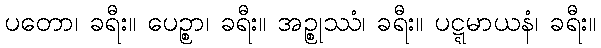
ပတော၊ ခရီး။ ပေဉ္စာ၊ ခရီး။ အဉ္စုဿံ၊ ခရီး။ ပဋ္ဋမာယနံ၊ ခရီး။